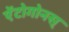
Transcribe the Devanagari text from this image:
ऐंटोगोनस्‌